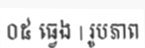
០៥ ធ្វេង | រូបភាព